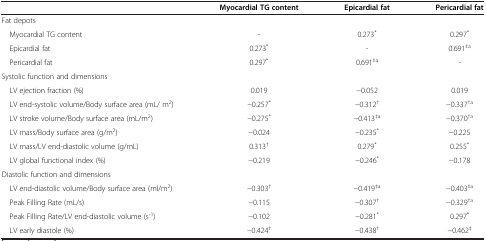
|  | Myocardial TG content | Epicardial fat | Pericardial fat |
 | --- | --- | --- | --- |
 | Fat depots |  |  |  |
 | Myocardial TG content | - | 0.273* | 0.297* |
 | Epicardial fat | 0.273* | - | 0.691‡a |
 | Pericardial fat | 0.297* | 0.691‡a | - |
 | <COLSPAN=4> Systolic function and dimensions |
 | LV ejection fraction (%) | 0.019 | −0.052 | 0.019 |
 | LV end-systolic volume/Body surface area (mL/ m2) | −0.257* | −0.312† | −0.337†a |
 | LV stroke volume/Body surface area (mL/m2) | −0.275* | −0.413‡a | −0.370†a |
 | LV mass/Body surface area (g/m2) | −0.024 | −0.235* | −0.225 |
 | LV mass/LV end-diastolic volume (g/mL) | 0.313† | 0.279* | 0.255* |
 | LV global functional index (%) | −0.219 | −0.246* | −0.178 |
 | <COLSPAN=4> Diastolic function and dimensions |
 | LV end-diastolic volume/Body surface area (ml/m2) | −0.303† | −0.419‡a | −0.403‡a |
 | Peak Filling Rate (mL/s) | −0.115 | −0.307† | −0.329†a |
 | Peak Filling Rate/LV end-diastolic volume (s-1) | −0.102 | −0.281* | 0.297* |
 | LV early diastole (%) | −0.424† | −0.438† | −0.462‡ |